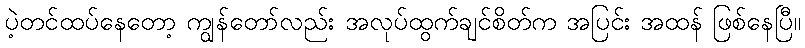
ပဲ့တင်ထပ်နေတော့ ကျွန်တော်လည်း အလုပ်ထွက်ချင်စိတ်က အပြင်း အထန် ဖြစ်နေပြီ။